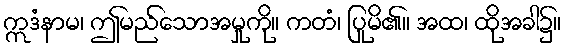
ဣဒံနာမ၊ ဤမည်သောအမှုကို။ ကတံ၊ ပြုမိ၏။ အထ၊ ထိုအခါ၌။